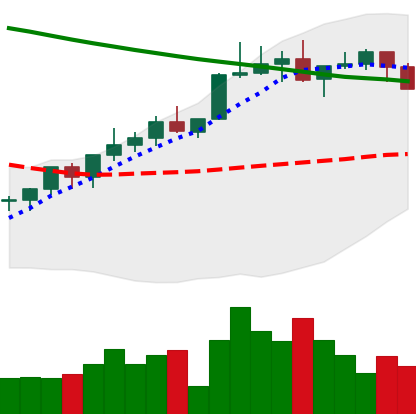
Ticker: XLM-USD
Chart end date: 2022-04-05
Forward return: -10.422%
Label: down_7plus